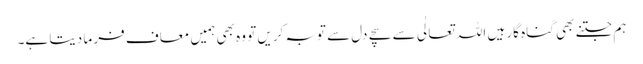
ہم جتنے بھی گناہ گار ہیں اللہ تعالٰی سے سچے دل سے توبہ کریں تو وہ بھی ہمیں معاف فر ما دیتا ہے۔